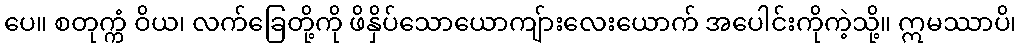
ပေ။ စတုက္ကံ ဝိယ၊ လက်ခြေတို့ကို ဖိနှိပ်သောယောကျ်ားလေးယောက် အပေါင်းကိုကဲ့သို့။ ဣမဿာပိ၊